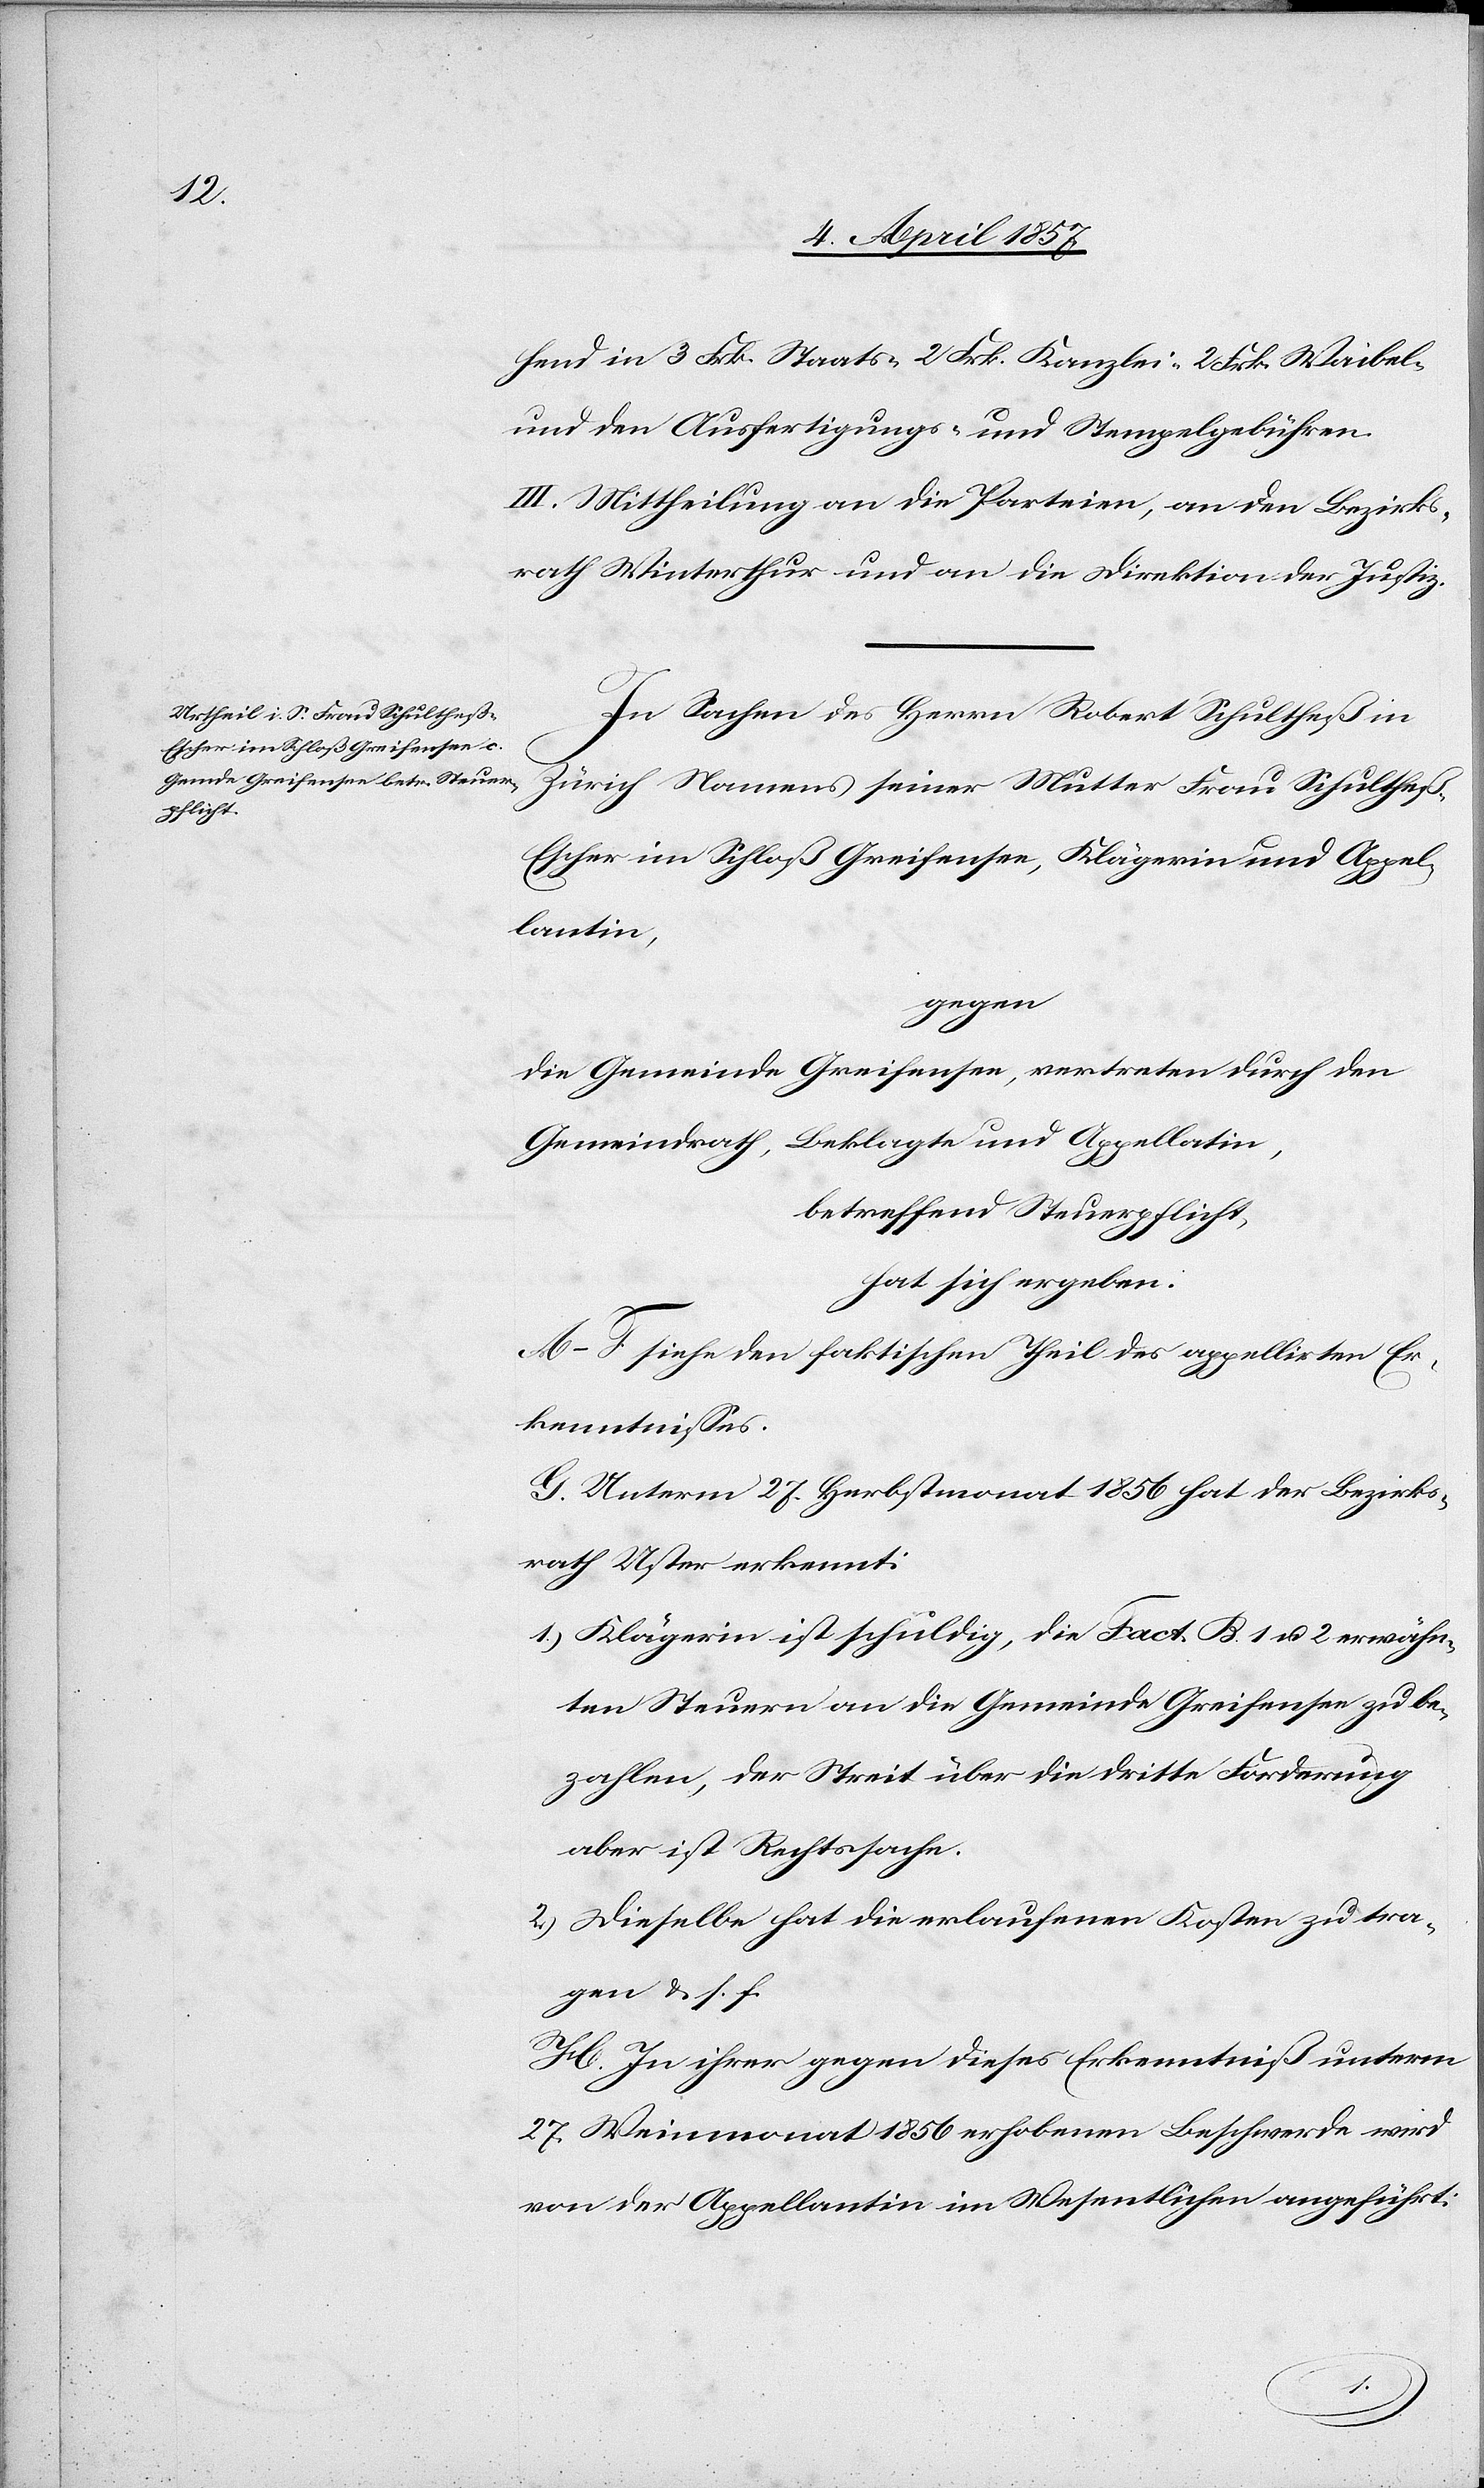
hend in 3 Frk. Staats-[,] 2 Frk. Kanzlei-[,] 2 Frk. Waibel-
und den Ausfertigungs- und Stempelgebühren.
III. Mittheilung an die Parteien, an den Bezirks¬
rath Winterthur und an die Direktion der Justiz.
In Sachen des Herrn Robert Schultheß in
Zürich, Namens seiner Mutter Frau Schulthe¬
ß-Escher im Schloß Greifensee, Klägerin und Appel¬
lantin,
gegen
die Gemeinde Greifensee, vertreten durch den
Beklagte und Appellatin,
Gemeindrath,
betreffend Steuerpflicht
hat sich ergeben:
A–F siehe den faktischen Theil des appellirten Er¬
kenntnisses.
G. Unterm 27. Herbstmonat 1856 hat der Bezirks¬
rath Uster erkennt:
1.) Klägerin ist schuldig, die Fact. B 1 u. 2 erwähn¬
ten Steuern an die Gemeinde Greifensee zu be¬
zahlen, der Streit über die dritte Forderung
aber ist Rechtssache.
2.) Dieselbe hat die erlaufenen Kosten zu tra¬
gen & s. f.
H. In ihrer gegen dieses Erkenntniß unterm
27. Weinmonat 1856 erhobenen Beschwerde wird
von der Appellantin im Wesentlichen angeführt: